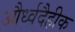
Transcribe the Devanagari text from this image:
और्ध्वदैहीक